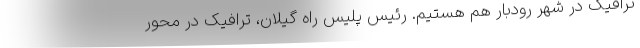
ترافیک در شهر رودبار هم هستیم. رئیس پلیس راه گیلان، ترافیک در محور